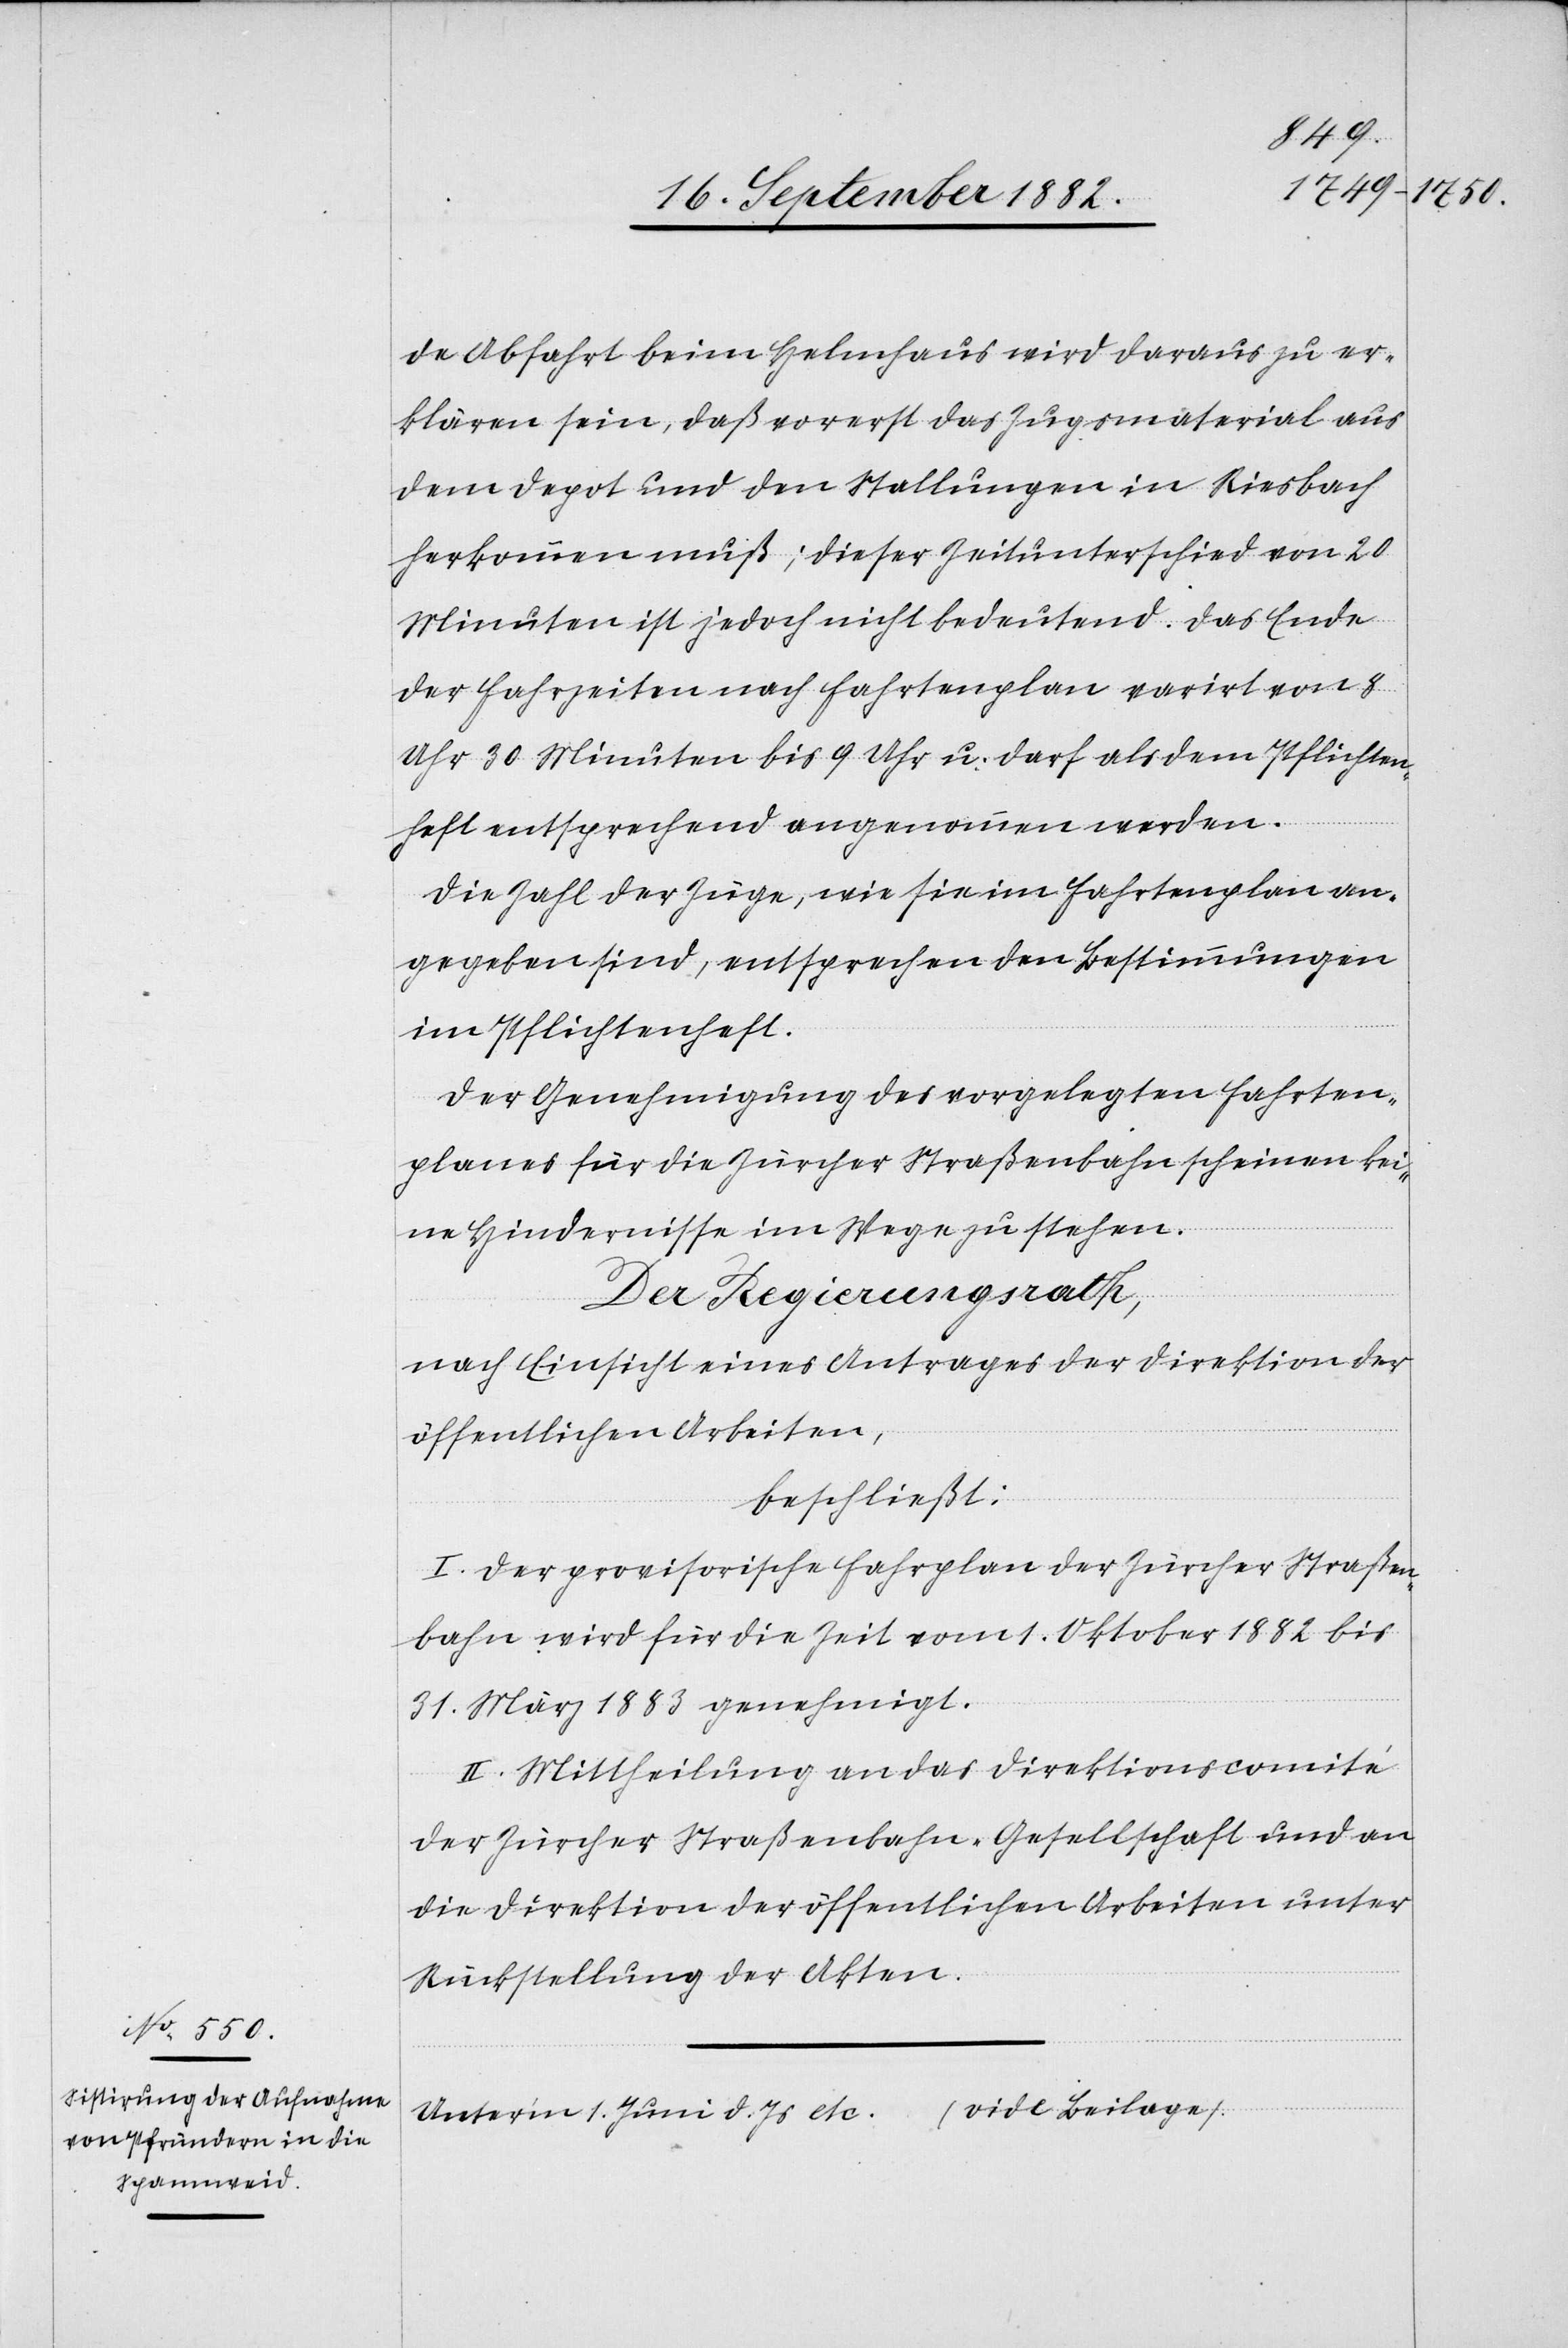
de Abfahrt beim Helmhaus wird daraus zu er¬
klären sein, daß vorerst das Zugsmaterial aus
dem Depot und den Stallungen in Riesbach
herkommen muß; dieser Zeitunterschied von 20
Minuten ist jedoch nicht bedeutend. Das Ende
der Fahrzeiten nach Fahrtenplan varirt von 8
Uhr 30 Minuten bis 9 Uhr u. darf als dem Pflichten¬
heft entsprechend angenommen werden.
Die Zahl der Züge, wie sie im Fahrtenplan an¬
gegeben sind, entsprechen den Bestimmungen
im Pflichtenheft.
Der Genehmigung des vorgelegten Fahrten¬
planes für die Zürcher Straßenbahn scheinen kei¬
ne Hindernisse im Wege zu stehen.
Der Regierungsrath,
nach Einsicht eines Antrages der Direktion der
öffentlichen Arbeiten,
beschließt:
I. Der provisorische Fahrplan der Zürcher Straßen¬
bahn wird für die Zeit vom 1. Oktober 1882 bis
31. März 1883 genehmigt.
II. Mittheilung an das Direktionscomité
der Zürcher Straßenbahn-Gesellschaft und an
die Direktion der öffentlichen Arbeiten unter
Rückstellung der Akten.